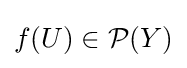
f(U)\in {\mathcal {P}}(Y)